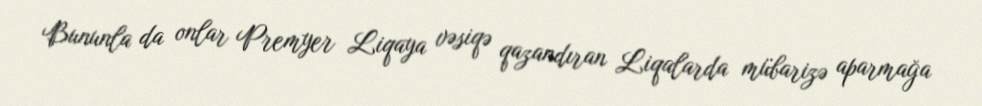
Bununla da onlar Premyer Liqaya vəsiqə qazandıran Liqalarda mübarizə aparmağa